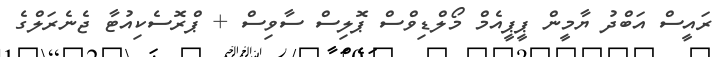
ރައީސް އަބްދު ޔާމީން ޕީޕީއެމް މޯލްޑިވްސް ޕޮލިސް ސާވިސް + ޕްރޮސެކިއުޓާ ޖެނެރަލްގެ